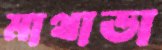
মাথাডা